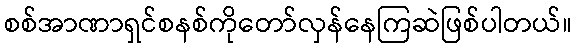
စစ်အာဏာရှင်စနစ်ကိုတော်လှန်နေကြဆဲဖြစ်ပါတယ်။